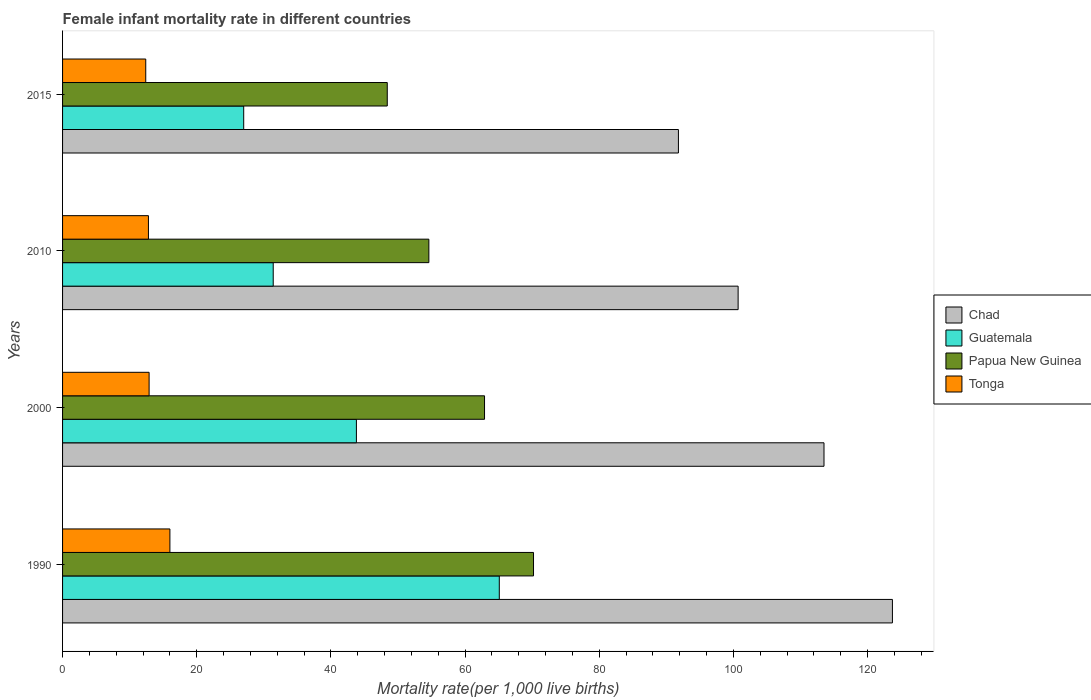
| Years | Chad | Guatemala | Papua New Guinea | Tonga |
 | --- | --- | --- | --- | --- |
 | 1990 | 124 | 65.1 | 70.2 | 16 |
 | 2000 | 114 | 43.8 | 62.9 | 12.9 |
 | 2010 | 101 | 31.4 | 54.6 | 12.8 |
 | 2015 | 91.8 | 27 | 48.4 | 12.4 |